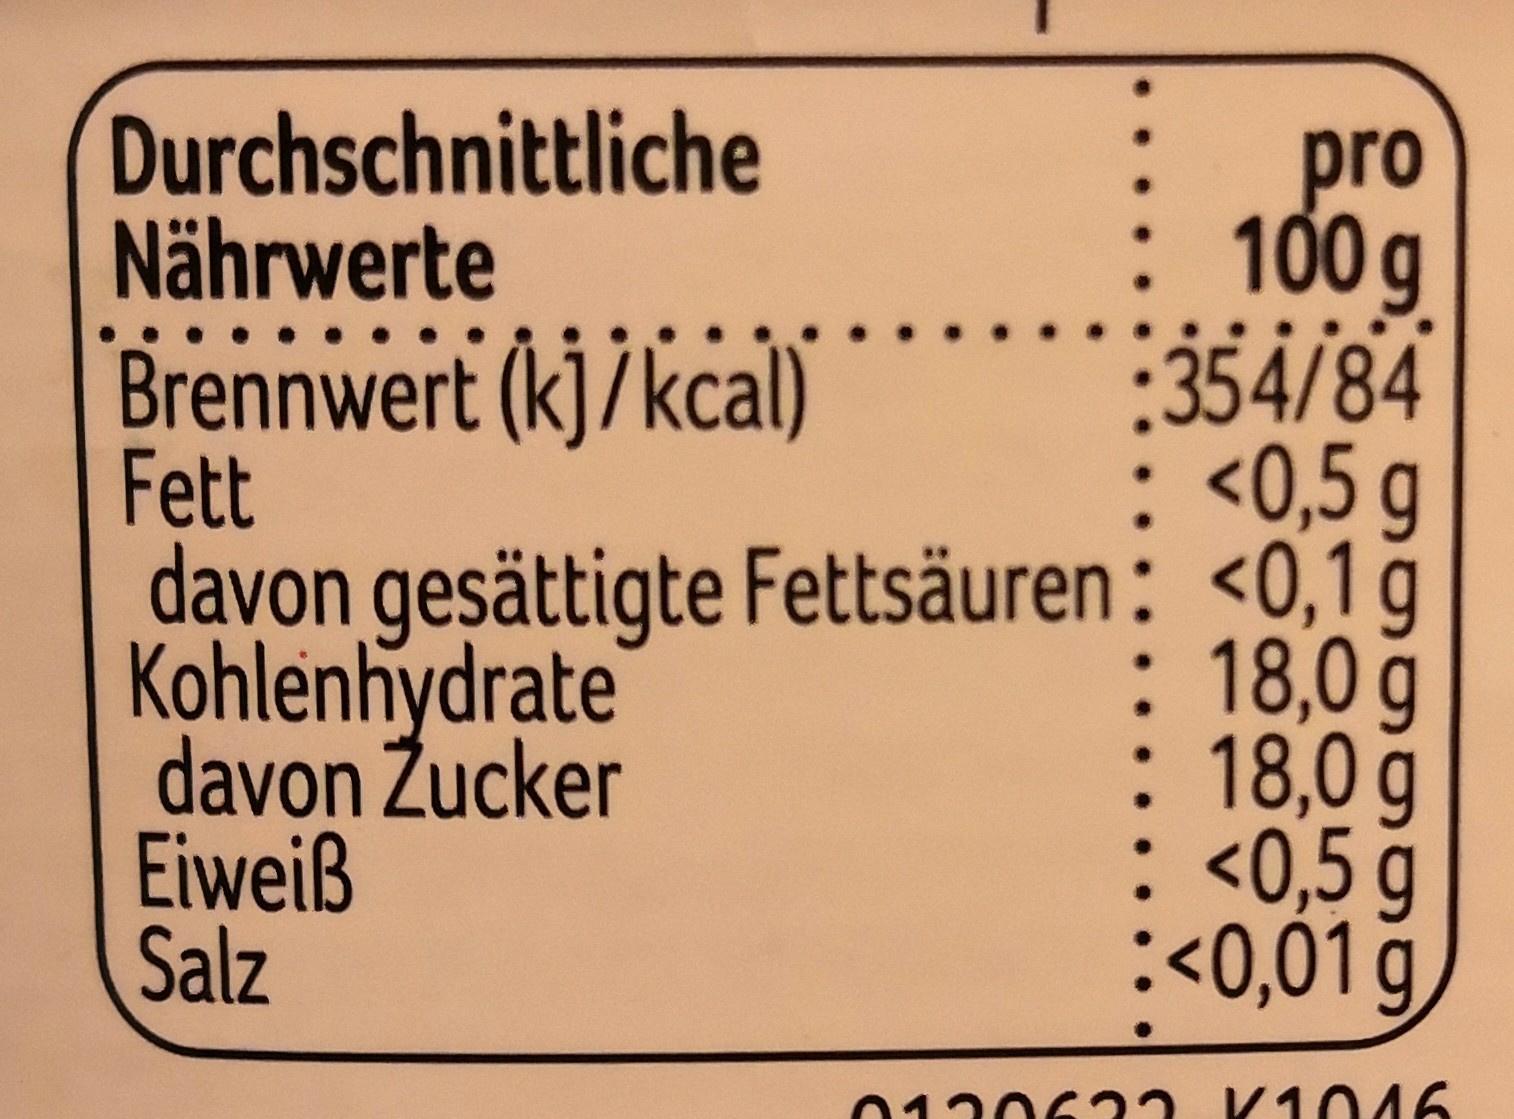
Durchschnittliche Nährwerte
pro 100g :354/84 : <0,5 g davon gesättigte Fettsäuren: <0,1g : 18,0 g : 18,0 g <0,5 g :<0,01g
Brennwert (k]/kcal) Fett
Kohlenhydrate davon Zucker Eiweiß Salz
0120632 K1046